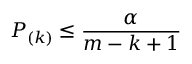
P _ { ( k ) } \leq { \frac { \alpha } { m - k + 1 } }